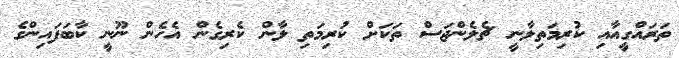
ތަރައްގީއާއި ކުރިމަތިލާނީ ޗެލެންޖަސް ތަކަށް ކުރިމަތި ލާން ކެރިގެން އެހެން ނޫނީ ކާބަފައިންގެ